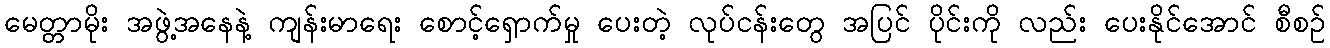
မေတ္တာမိုး အဖွဲ့အနေနဲ့ ကျန်းမာရေး စောင့်ရှောက်မှု ပေးတဲ့ လုပ်ငန်းတွေ အပြင် ပိုင်းကို လည်း ပေးနိုင်အောင် စီစဉ်